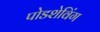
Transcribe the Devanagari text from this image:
पोडशेविंग